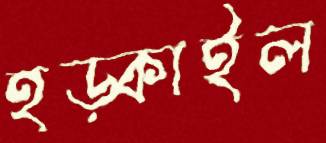
হড়্‌কাইল